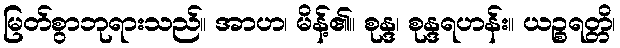
မြတ်စွာဘုရားသည်။ အာဟ၊ မိန့်၏။ စုန္ဒ၊ စုန္ဒရဟန်း။ ယဉ္စရတ္တိ၊